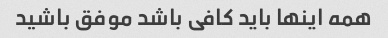
همه اینها باید کافی باشد موفق باشید